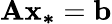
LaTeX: \mathbf{Ax_{*}}=\mathbf{b}